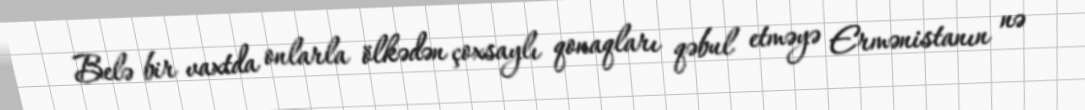
Belə bir vaxtda onlarla ölkədən çoxsaylı qonaqları qəbul etməyə Ermənistanın nə